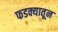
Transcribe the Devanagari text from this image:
फडक्यातून